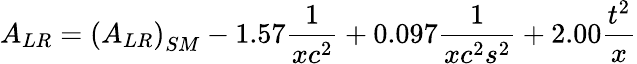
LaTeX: A_{LR}=\left(A_{LR}\right)_{SM}-1.57{\frac{1}{xc^{2}}}+0.097{\frac{1}{xc^{2}s^{2}}}+2.00{\frac{t^{2}}{x}}